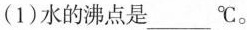
(1)水的沸点是__^{\circ}C。